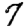
Digit: 7